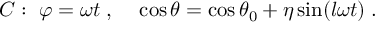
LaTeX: C : ~ \varphi = \omega t \; , ~ ~ ~ \cos \theta = \cos \theta _ { 0 } + \eta \sin ( l \omega t ) \; .